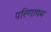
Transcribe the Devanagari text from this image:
परिणायम